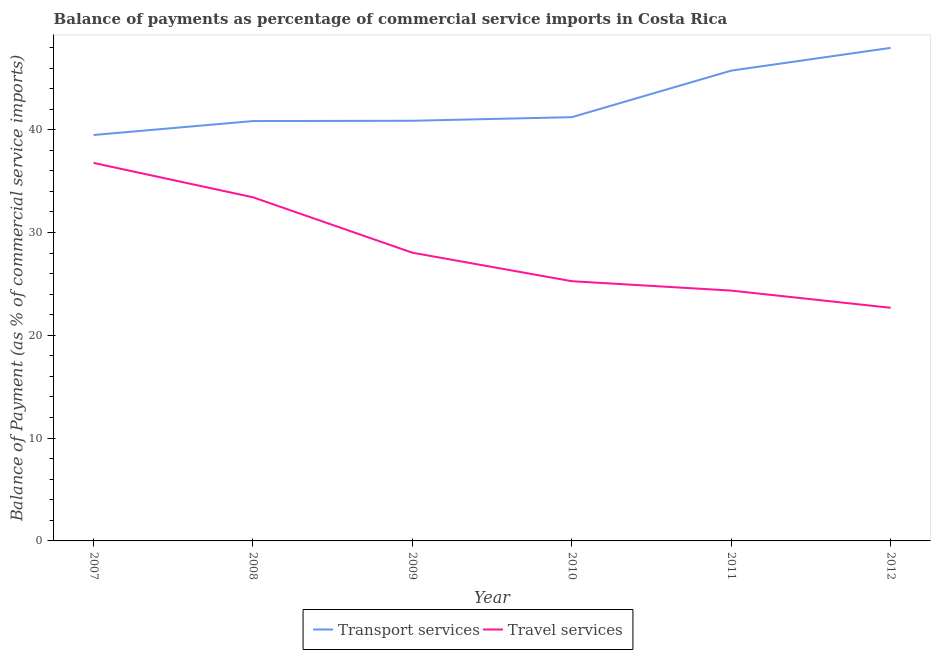
| Year | Transport services | Travel services |
 | --- | --- | --- |
 | 2007 | 39.5 | 36.8 |
 | 2008 | 40.8 | 33.4 |
 | 2009 | 40.9 | 28 |
 | 2010 | 41.2 | 25.3 |
 | 2011 | 45.7 | 24.3 |
 | 2012 | 48 | 22.7 |